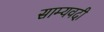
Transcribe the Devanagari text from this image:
साम्यवदी